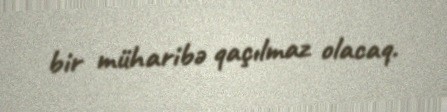
bir müharibə qaçılmaz olacaq.